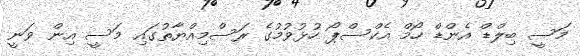
މަސީ ބިލްޑް އެންޑް ހޯމް އެކްސްޕޯ ހުޅުވުމުގެ ރަސްމިއްޔާތުގައި މަސީ އިން ވަނީ